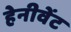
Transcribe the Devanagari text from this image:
हेनीवेंट